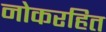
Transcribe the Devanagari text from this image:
नोकरहित